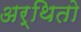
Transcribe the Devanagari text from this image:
अर्थितो